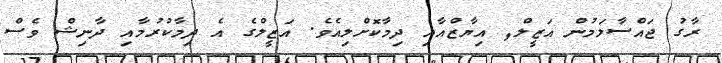
ރާގު ޖައްސާލަމުން އަޒީލް